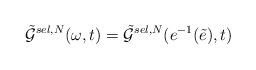
LaTeX: \begin{align*}\tilde{\mathcal{G}}^{sel,N}(\omega,t)=\tilde{\mathcal{G}}^{sel,N}(e^{-1}(\tilde{e}),t)\end{align*}